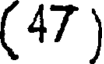
(47 )